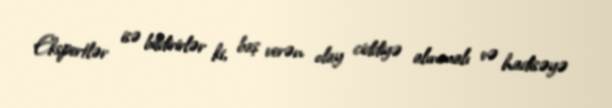
Ekspertlər isə bildirirlər ki, baş verən olay ciddiyə alınmalı və hadisəyə